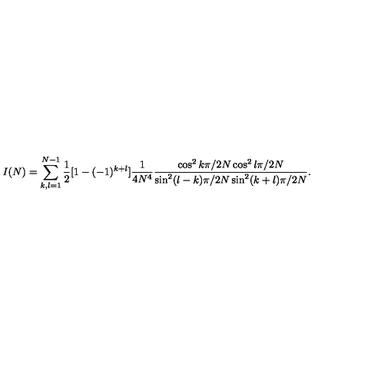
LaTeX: I ( N ) = \sum _ { k , l = 1 } ^ { N - 1 } \frac { 1 } { 2 } [ 1 - ( - 1 ) ^ { k + l } ] \frac { 1 } { 4 N ^ { 4 } } \frac { \cos ^ { 2 } k \pi / 2 N \cos ^ { 2 } l \pi / 2 N } { \sin ^ { 2 } ( l - k ) \pi / 2 N \sin ^ { 2 } ( k + l ) \pi / 2 N } .